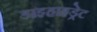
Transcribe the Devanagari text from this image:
डाइहाइड्रेट